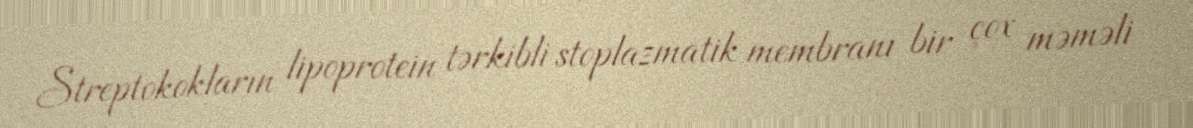
Streptokokların lipoprotein tərkibli stoplazmatik membranı bir çox məməli